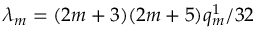
\lambda _ { m } = ( 2 m + 3 ) ( 2 m + 5 ) q _ { m } ^ { 1 } / 3 2